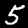
Label: 5